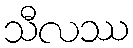
သီလဿ